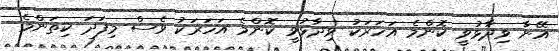
އޭނާ ވިދާޅުވީ ކޮންމެ އަހަރަކު ވިދާޅުވީ ކޮންމެ އަހަރަކު ވެސް މިފަދަ ކިތަންމެ